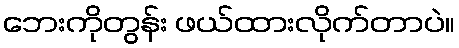
ဘေးကိုတွန်း ဖယ်ထားလိုက်တာပဲ။